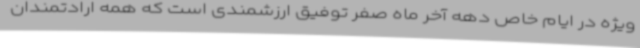
ویژه در ایام خاص دهه آخر ماه صفر توفیق ارزشمندی است که همه ارادتمندان